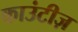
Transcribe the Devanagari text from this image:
काउंटीज़